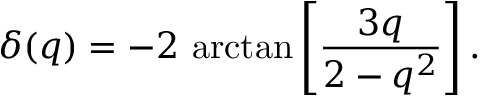
\delta ( q ) = - 2 ~ \mathrm { a r c t a n } \left[ \frac { 3 q } { 2 - q ^ { 2 } } \right] .